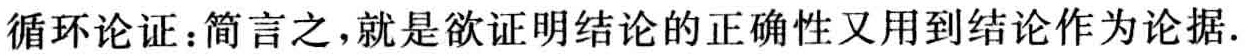
循环论证：简言之，就是欲证明结论的正确性又用到结论作为论据.